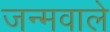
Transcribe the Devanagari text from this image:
जन्मवाले